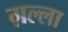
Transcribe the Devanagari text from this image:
ग़ल्ला